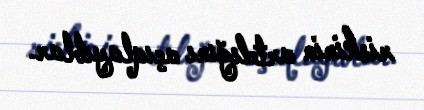
riskinin artdığını açıqlayıblar.